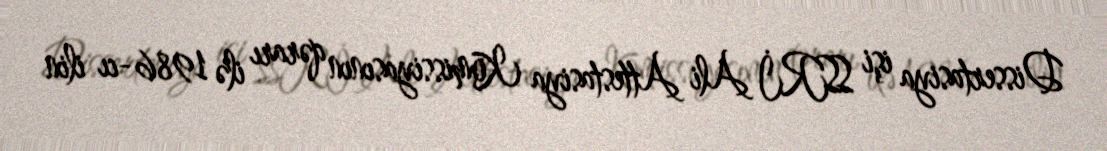
Dissertasiya işi SSRİ Ali Attestasiya Komissiyasının qərarı ilə 1986-cı ilin